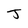
Character: J